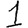
Digit: 1